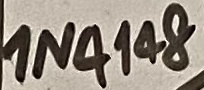
Text: IN4148